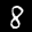
Label: 8